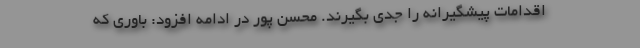
اقدامات پیشگیرانه را جدی بگیرند. محسن پور در ادامه افزود: باوری که